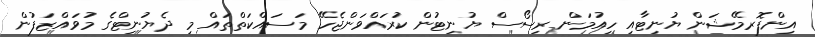
އިންފޮރމޭޝަން ޔުނިޓާއި ހިއުމަން ރިސޯސް ޔުނިޓުން ކުރައްވަންޖެހޭ މަސައްކަތްތައް މި ދެޔުނިޓްގެ މުވައްޒަފުން